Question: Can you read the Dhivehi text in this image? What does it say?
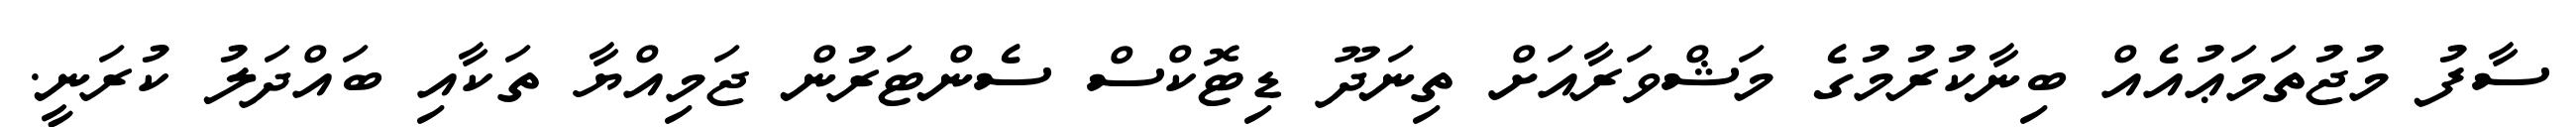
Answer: ސާފު މުޖުތަމަޢުއެއް ބިނާކުރުމުގެ މަޝްވަރާއަށް ތިނަދޫ ޑިޓޮކްސް ސެންޓަރުން ޖަމިއްޔާ ތަކާއި ބައްދަލު ކުރަނީ.